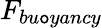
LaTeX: F_{bu\mathtt{o}yancy}